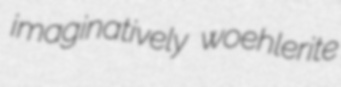
imaginatively woehlerite